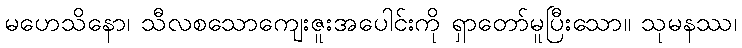
မဟေသိနော၊ သီလစသောကျေးဇူးအပေါင်းကို ရှာတော်မူပြီးသော။ သုမနဿ၊